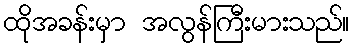
ထိုအခန်းမှာ အလွန်ကြီးမားသည်။